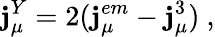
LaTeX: \mathbf{j}_{\mu}^{Y}=2(\mathbf{j}_{\mu}^{em}-\mathbf{j}_{\mu}^{3})~,